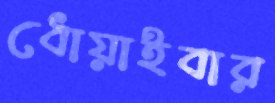
ধোয়াইবার